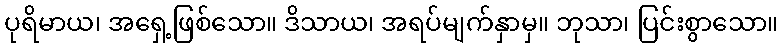
ပုရိမာယ၊ အရှေ့ဖြစ်သော။ ဒိသာယ၊ အရပ်မျက်နှာမှ။ ဘုသာ၊ ပြင်းစွာသော။